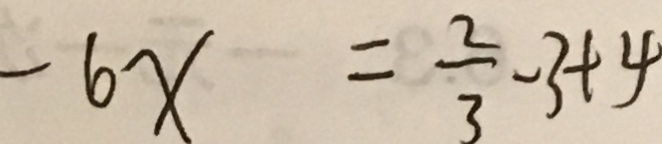
- 6 x = \frac { 2 } { 3 } - 3 + 4